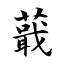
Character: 蕺